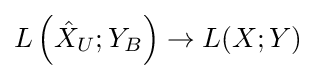
{\textstyle L\left({\hat {X}}_{U};Y_{B}\right)\to L(X;Y)}